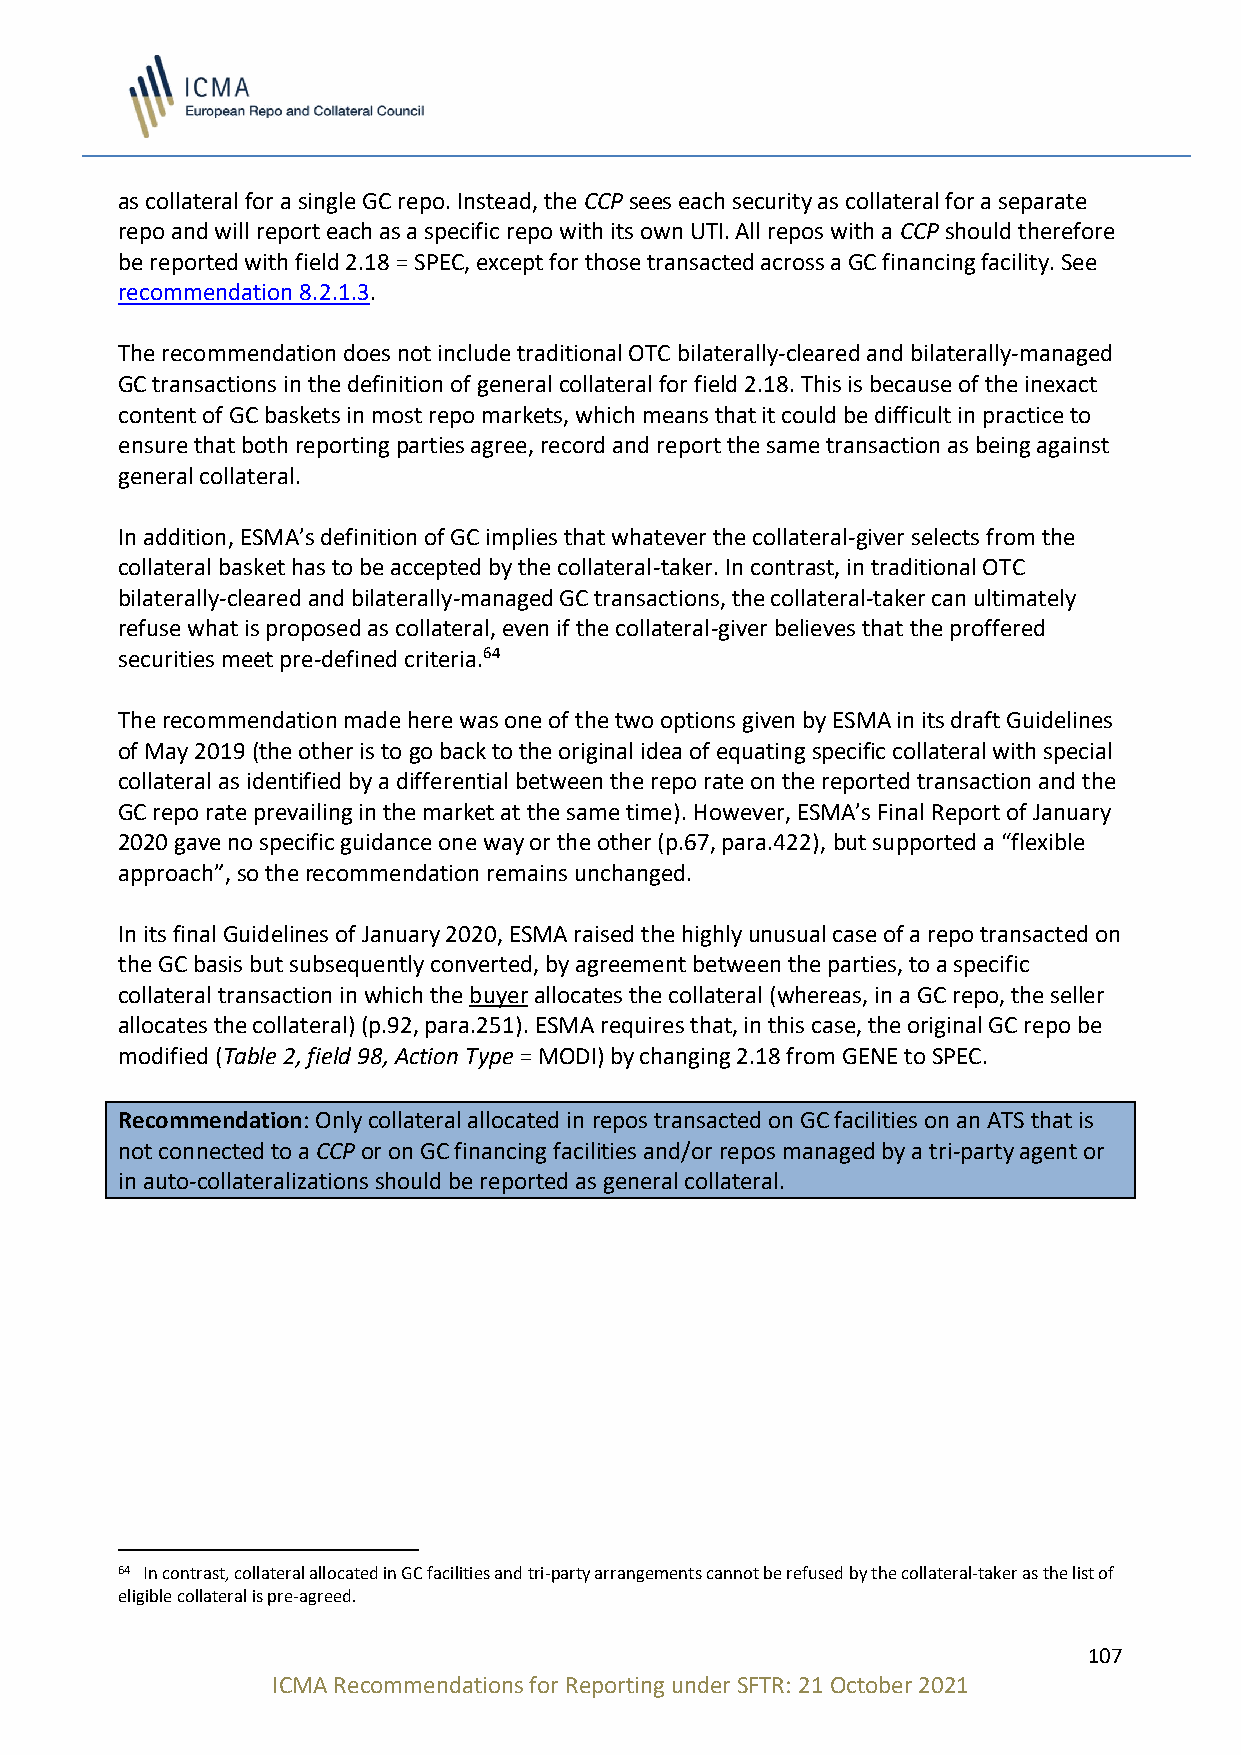
as collateral for a single GC repo. Instead, the CCP sees each security as collateral for a separate
 repo and will report each as a specific repo with its own UTI. All repos with a CCP should therefore
 be reported with field 2.18 = SPEC, except for those transacted across a GC financing facility. See
 recommendation 8.2.1.3.
 The recommendation does not include traditional OTC bilaterally-cleared and bilaterally-managed
 GC transactions in the definition of general collateral for field 2.18. This is because of the inexact
 content of GC baskets in most repo markets, which means that it could be difficult in practice to
 ensure that both reporting parties agree, record and report the same transaction as being against
 general collateral.
 In addition, ESMA’s definition of GC implies that whatever the collateral-giver selects from the
 collateral basket has to be accepted by the collateral-taker. In contrast, in traditional OTC
 bilaterally-cleared and bilaterally-managed GC transactions, the collateral-taker can ultimately
 refuse what is proposed as collateral, even if the collateral-giver believes that the proffered
 securities meet pre-defined criteria.64
 The recommendation made here was one of the two options given by ESMA in its draft Guidelines
 of May 2019 (the other is to go back to the original idea of equating specific collateral with special
 collateral as identified by a differential between the repo rate on the reported transaction and the
 GC repo rate prevailing in the market at the same time). However, ESMA’s Final Report of January
 2020 gave no specific guidance one way or the other (p.67, para.422), but supported a “flexible
 approach”, so the recommendation remains unchanged.
 In its final Guidelines of January 2020, ESMA raised the highly unusual case of a repo transacted on
 the GC basis but subsequently converted, by agreement between the parties, to a specific
 collateral transaction in which the buyer allocates the collateral (whereas, in a GC repo, the seller
 allocates the collateral) (p.92, para.251). ESMA requires that, in this case, the original GC repo be
 modified (Table 2, field 98, Action Type = MODI) by changing 2.18 from GENE to SPEC.
 Recommendation: Only collateral allocated in repos transacted on GC facilities on an ATS that is
 not connected to a CCP or on GC financing facilities and/or repos managed by a tri-party agent or
 in auto-collateralizations should be reported as general collateral.
 64 In contrast, collateral allocated in GC facilities and tri-party arrangements cannot be refused by the collateral-taker as the list of
 eligible collateral is pre-agreed.
 107
 ICMA Recommendations for Reporting under SFTR: 21 October 2021